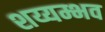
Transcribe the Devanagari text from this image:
शय्यम्भव